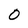
Character: 0